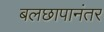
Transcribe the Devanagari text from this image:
बलछापानंतर